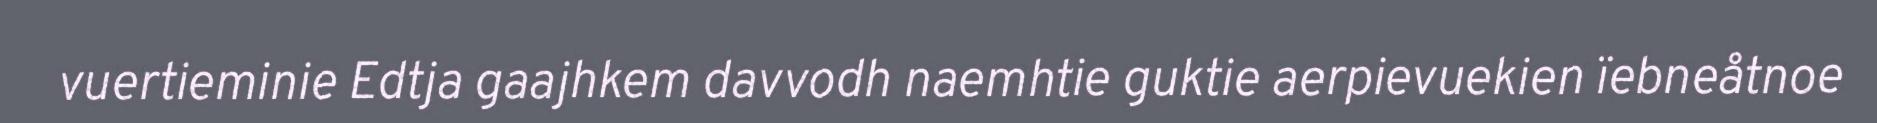
vuertieminie Edtja gaajhkem davvodh naemhtie guktie aerpievuekien ïebneåtnoe